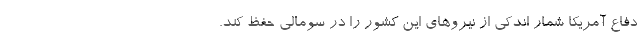
دفاع آمریکا شمار اندکی از نیروهای این کشور را در سومالی حفظ کند.